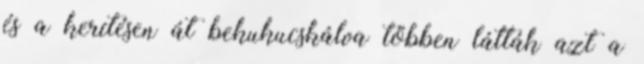
és a kerítésen át bekukucskálva többen látták azt a